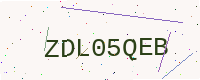
Text: ZDL05QEB